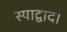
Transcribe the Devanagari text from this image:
स्याद्वाद।